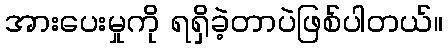
အားပေးမှုကို ရရှိခဲ့တာပဲဖြစ်ပါတယ်။